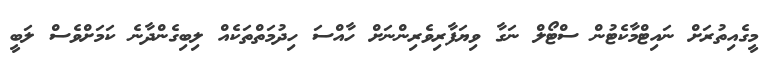
މީގެއިތުރަށް ނައިޓްމާކެޓުން ސްޓޯލް ނަގާ ވިޔަފާރިވެރިންނަށް ހާއްސަ ހިދުމަތްތަކެއް ލިބިގެންދާނެ ކަމަށްވެސް ލަބީ